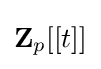
\mathbf {Z} _{p}[[t]]